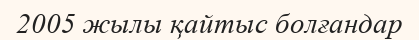
2005 жылы қайтыс болғандар